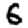
Digit: 6